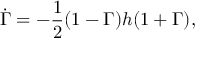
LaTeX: \dot { \Gamma } = - \frac { 1 } { 2 } ( 1 - \Gamma ) h ( 1 + \Gamma ) ,